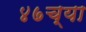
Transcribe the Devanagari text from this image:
४७च्या